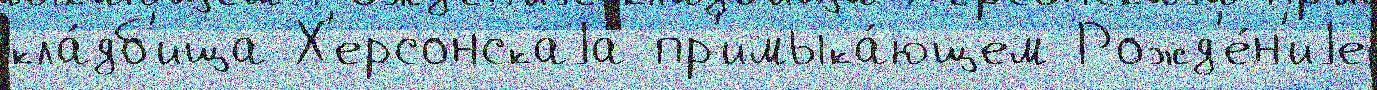
кла́дб'ища Х'ерсонскаjа пр'имыка́ющем Рожд'е́н'иjе